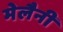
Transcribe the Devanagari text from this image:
मेलैनी